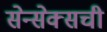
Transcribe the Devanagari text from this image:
सेन्सेक्सची